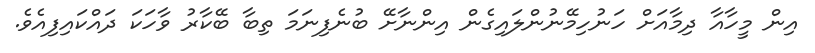
އިން މީހާއާ ދިމާއަށް ހަނުހިމޭނުންލައިގެން އިންނާށޭ ބުނެފިނަމަ ތިބާ ބޭކާރު ވާހަކަ ދައްކައިފިއެވެ.